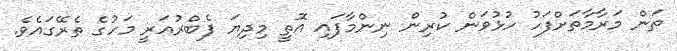
ތަން މަރާމާތަށްފަހު ހުޅުވަން ކުރިން ނިންމާފައި އޮތީ މިދިޔަ ފެބްރުއަރީ މަހުގެ ތެރޭގައެވެ.